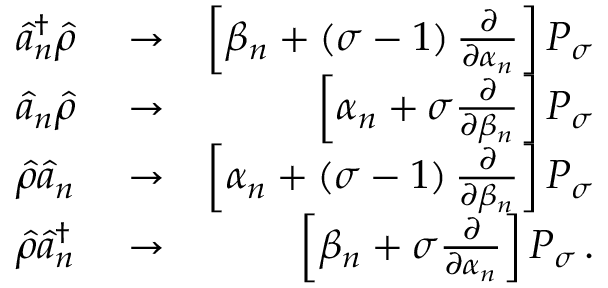
\begin{array} { r l r } { \hat { a } _ { n } ^ { \dagger } \hat { \rho } } & { { } \rightarrow } & { \left[ \beta _ { n } + \left( \sigma - 1 \right) \frac { \partial } { \partial \alpha _ { n } } \right] P _ { \sigma } } \\ { \hat { a } _ { n } \hat { \rho } } & { { } \rightarrow } & { \left[ \alpha _ { n } + \sigma \frac { \partial } { \partial \beta _ { n } } \right] P _ { \sigma } } \\ { \hat { \rho } \hat { a } _ { n } } & { { } \rightarrow } & { \left[ \alpha _ { n } + \left( \sigma - 1 \right) \frac { \partial } { \partial \beta _ { n } } \right] P _ { \sigma } } \\ { \hat { \rho } \hat { a } _ { n } ^ { \dagger } } & { { } \rightarrow } & { \left[ \beta _ { n } + \sigma \frac { \partial } { \partial \alpha _ { n } } \right] P _ { \sigma } \, . } \end{array}